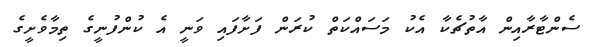
ސެންޓާރާއިން އާތުޗެކާ އެކު މަސައްކަތް ކުރަން ފަށާފައި ވަނީ އެ ކުންފުނީގެ ތިމާވެށީގެ